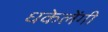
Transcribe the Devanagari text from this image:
धकेलेंगी